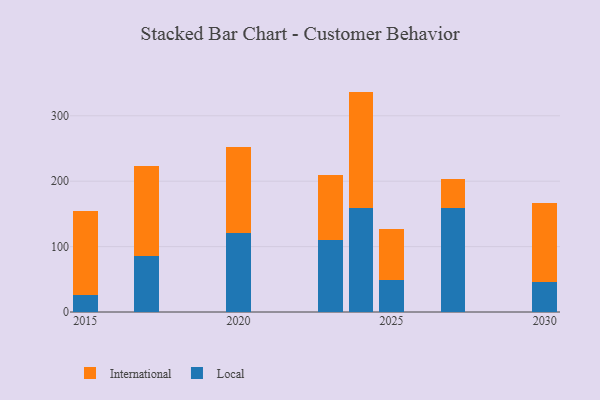
{"axis": {"x": "Year", "y": "Gross Profit (USD K)"}, "legend": ["International", "Local"], "data": [{"x": "2030", "y": 46.5, "type": "Local"}, {"x": "2030", "y": 120.5, "type": "International"}, {"x": "2027", "y": 159.3, "type": "Local"}, {"x": "2027", "y": 44.6, "type": "International"}, {"x": "2020", "y": 121.0, "type": "Local"}, {"x": "2020", "y": 131.1, "type": "International"}, {"x": "2017", "y": 85.4, "type": "Local"}, {"x": "2017", "y": 137.2, "type": "International"}, {"x": "2015", "y": 26.6, "type": "Local"}, {"x": "2015", "y": 128.5, "type": "International"}, {"x": "2023", "y": 110.3, "type": "Local"}, {"x": "2023", "y": 98.8, "type": "International"}, {"x": "2024", "y": 158.6, "type": "Local"}, {"x": "2024", "y": 178.4, "type": "International"}, {"x": "2025", "y": 49.1, "type": "Local"}, {"x": "2025", "y": 77.4, "type": "International"}]}